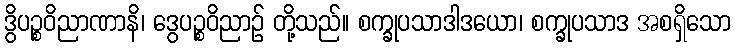
ဒွိပဉ္စဝိညာဏာနိ၊ ဒွေပဉ္စဝိညာဉ် တို့သည်။ စက္ခုပသာဒါဒယော၊ စက္ခုပသာဒ အစရှိသော